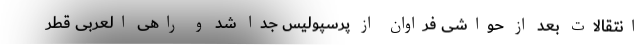
انتقالات بعد از حواشی فراوان از پرسپولیس جدا شد و راهی العربی قطر